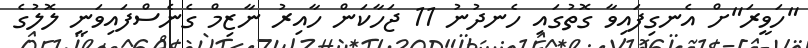
"ހަވީރަ"ށް އެނގިފައިވާ ގޮތުގައި ހެނދުނު 11 ޖަހާކަން ހާއިރު ނާޒިމް ގެނެސްފައިވަނީ ލޮލުގެ